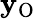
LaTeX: \mathbf{y}_{\mathrm{{O}}}